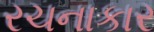
રચનાકાર